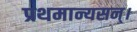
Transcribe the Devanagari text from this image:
प्रथमान्यसन्।